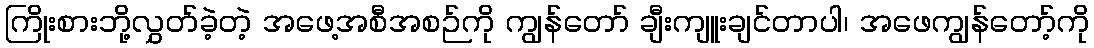
ကြိုးစားဘို့လွှတ်ခဲ့တဲ့ အဖေ့အစီအစဉ်ကို ကျွန်တော် ချီးကျူးချင်တာပါ၊ အဖေကျွန်တော့်ကို